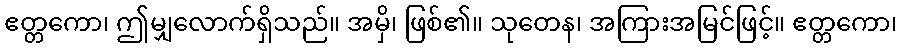
ဧတ္တကော၊ ဤမျှလောက်ရှိသည်။ အမှိ၊ ဖြစ်၏။ သုတေန၊ အကြားအမြင်ဖြင့်။ ဧတ္တကော၊